Indian journal of veterinary science and animal husbandry - Volumes 15-17, 1948-1951
Year: 1948
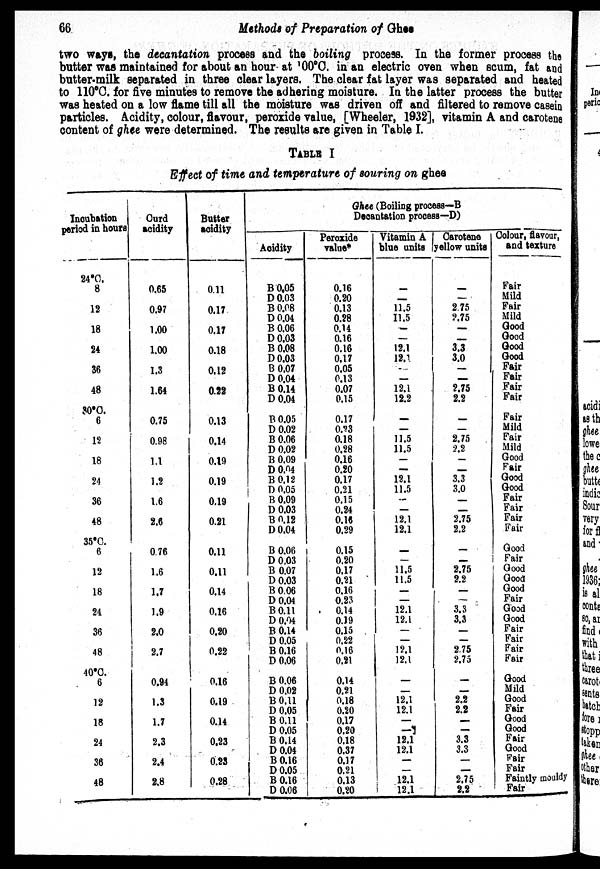
66
Methods of Preparation of Ghee
two ways, the decantation process and the boiling process. In the former process the
butter was maintained for about an hour at 100°C. in an electric oven when scum, fat and
butter-milk separated in three clear layers. The clear fat layer was separated and heated
to 110°C. for five minutes to remove the adhering moisture. In the latter process the butter
was heated on a low flame till all the moisture was driven off and filtered to remove casein
particles. Acidity, colour, flavour, peroxide value, [Wheeler, 1932], vitamin A and carotene
content of ghee were determined. The results are given in Table I.
TABLE I
Effect of time and temperature of souring on ghee
Incubation
period in hours
24°C.
8
12
18
24
36
48
30°C.
6
12
18
24
36
48
35°C.
6
12
18
24
36
48
40°C
6
12
18
24
36
48
Curd
acidity
0.65
0.97
1.00
1.00
1.3
1.64
0.75
0.98
1.1
1.2
1.6
2.6
0.76
1.6
1.7
1.9
2.0
2.7
0.94
1.3
1.7
2.3
2.4
2.8
Butter
acidity
0.11
0.17
0.17
0.18
0.12
0.22
0.13
0.14
0.19
0.19
0.19
0.21
0.11
0.11
0.14
0.16
0.20
0.22
0.16
0.19
0.14
0.23
0.23
0.28
Ghee (Boiling process—B
Decantation process—D)
Acidity
B 0.05
D 0.03
B 0.08
D 0.04
B 0.06
D 0.03
B 0.08
D 0.03
B 0.07
D 0.04
B 0.14
D 0.04
B 0.05
D 0.02
B 0.06
D 0.02
B 0.09
D 0.04
B 0.12
D 0.05
B 0.09
D 0.03
B 0.12
D 0.04
B 0.06
D 0.03
B 0.07
D 0.03
B 0.06
D 0.04
B 0.11
D 0.04
B 0.14
D 0.05
B 0.16
D 0.06
B 0.06
D 0.02
B 0.11
D 0.05
B 0.11
D 0.05
B 0.14
D 0.04
B 0.16
D 0.05
B 0.16
D 0.06
Peroxide
value*
0.16
0.20
0.13
0.28
0.14
0.16
0.16
0.17
0.05
0.13
0.07
0.15
0.17
0.23
0.18
0.28
0.16
0.20
0.17
0.21
0.15
0.24
0.16
0.29
0.15
0.20
0.17
0.21
0.16
0.23
0.14
0.19
0.15
0.22
0.16
0.21
0.14
0.21
0.18
0.20
0.17
0.20
0.18
0.37
0.17
0.21
0.13
0.20
Vitamin A
blue units
—
__
11.5
11.5
—
—
12.1
12.1
—
—
12.1
12.2
—
—
11.5
11.5
—
—
12.1
11.5
—
—
12.1
12.1
—
—
11.5
11.5
—
—
12.1
12.1
—
—
12.1
12.1
—
—
12.1
12.1
—
—
12.1
12.1
—
—
12.1
12.1
Carotene
yellow unite
—
—
2.75
2.75
—
—
3.3
3.0
—
—
2.75
2.2
—
—
2.75
2.2
—
__
3.3
3.0
—
—
2.75
2.2
—
—
—
2.75
2.2
—
—
3.3
3.3
—
—
2.75
2.75
—
—
2.2
2.2
—
—
3.3
3.3
—
__
2.75
2.2
Colour, flavour,
and texture
Fair
Mild
Fair
Mild
Good
Good
Good
Good
Fair
Fair
Fair
Fair
Fair
Mild
Fair
Mild
Good
Fair
Good
Good
Fair
Fair
Fair
Fair
Good
Fair
Good
Good
Good
Fair
Good
Good
Fair
Fair
Fair
Fair
Good
Mild
Good
Fair
Good
Good
Fair
Good
Fair
Fair
Faintly mouldy
Fair